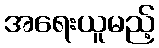
အရေးယူမည့်